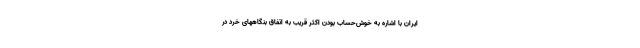
ایران با اشاره به خوش‌حساب بودن اکثر قریب به اتفاق بنگاههای خرد در